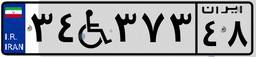
۳۴W۳۷۳۴۸